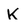
Character: K